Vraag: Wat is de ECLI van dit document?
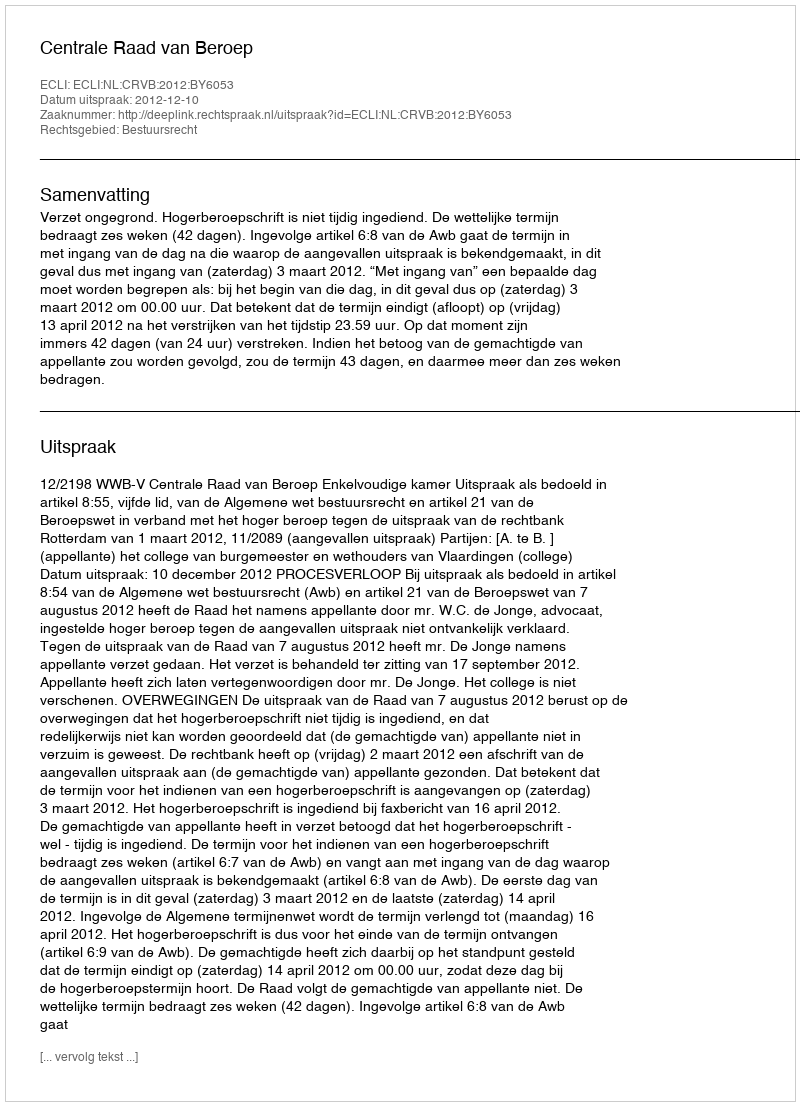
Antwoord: ECLI:NL:CRVB:2012:BY6053